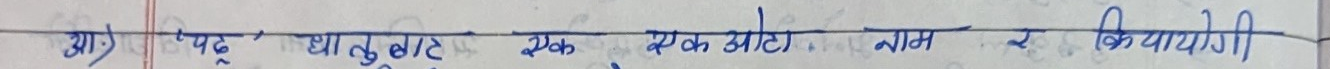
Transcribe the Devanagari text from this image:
आ) 'पद', धातुबाट एक अकेरी नाम लेखियो।